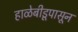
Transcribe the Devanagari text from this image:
हाळेबीडूपासून